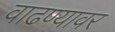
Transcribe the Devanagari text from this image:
वाढण्यावर